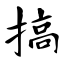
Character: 搞